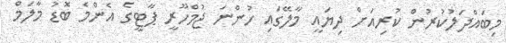
މިބައްދަލުކުރުން ކުރިއަށް ދިޔައީ މާލޭގައި ހުންނަ ޖުމްހޫރީ ޕާޓީގެ އެންމެ ބޮޑު މާލަމް